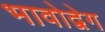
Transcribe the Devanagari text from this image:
भावोद्वेग